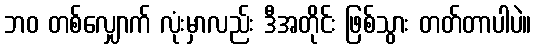
ဘဝ တစ်လျှောက် လုံးမှာလည်း ဒီအတိုင်း ဖြစ်သွား တတ်တာပါပဲ။